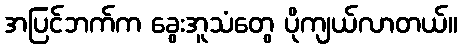
အပြင်ဘက်က ခွေးအူသံတွေ ပိုကျယ်လာတယ်။